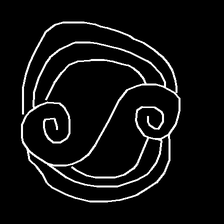
Glyph: wind-underfoot